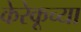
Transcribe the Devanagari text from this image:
केरेकूच्या